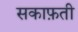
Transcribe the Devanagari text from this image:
सकाफ़ती